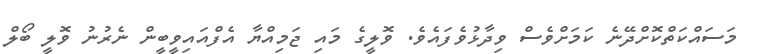
މަސައްކަތްކޮށްދޭނެ ކަމަށްވެސް ވިދާޅުވެފައެވެ. ވޮލީގެ މައި ޖަމިއްޔާ އެފްއައިވީބީން ނެރުނު ވޮލީ ބޯލް